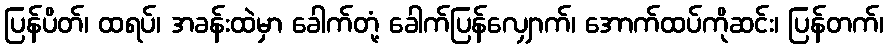
ပြန်ပိတ်၊ ထရပ်၊ အခန်းထဲမှာ ခေါက်တုံ့ ခေါက်ပြန်လျှောက်၊ အောက်ထပ်ကိုဆင်း၊ ပြန်တက်၊